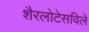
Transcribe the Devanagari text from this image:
शैरलोटेसविले